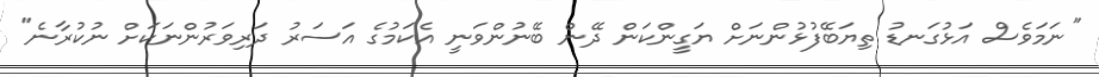
"ނަމަވެސް އަޅުގަނޑު ތިޔަބޭފުޅުންނަށް ޔަގީންކަން ދޭން ބޭނުންވަނީ އެކަމުގެ އަސަރު ދަރިވަރުންނަކަށް ނުކުރާނެ"